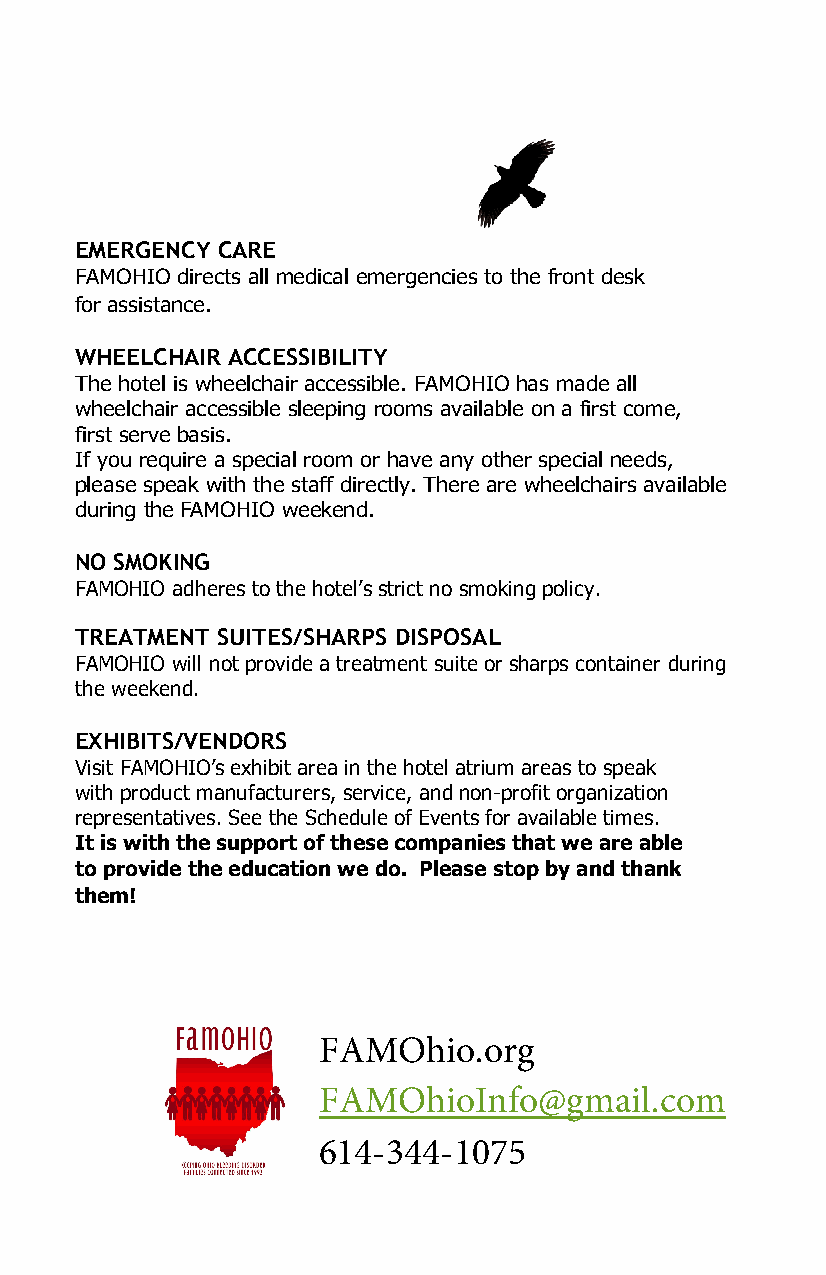
EMERGENCY CARE
 FAMOHIO directs all medical emergencies to the front desk
 for assistance.
 WHEELCHAIR ACCESSIBILITY
 The hotel is wheelchair accessible. FAMOHIO has made all
 wheelchair accessible sleeping rooms available on a first come,
 first serve basis.
 If you require a special room or have any other special needs,
 please speak with the staff directly. There are wheelchairs available
 during the FAMOHIO weekend.
 NO SMOKING
 FAMOHIO adheres to the hotel’s strict no smoking policy.
 TREATMENT SUITES/SHARPS DISPOSAL
 FAMOHIO will not provide a treatment suite or sharps container during
 the weekend.
 EXHIBITS/VENDORS
 Visit FAMOHIO’s exhibit area in the hotel atrium areas to speak
 with product manufacturers, service, and non-profit organization
 representatives. See the Schedule of Events for available times.
 It is with the support of these companies that we are able
 to provide the education we do. Please stop by and thank
 them!
 FAMOhio.org
 FAMOhioInfo@gmail.com
 614-344-1075